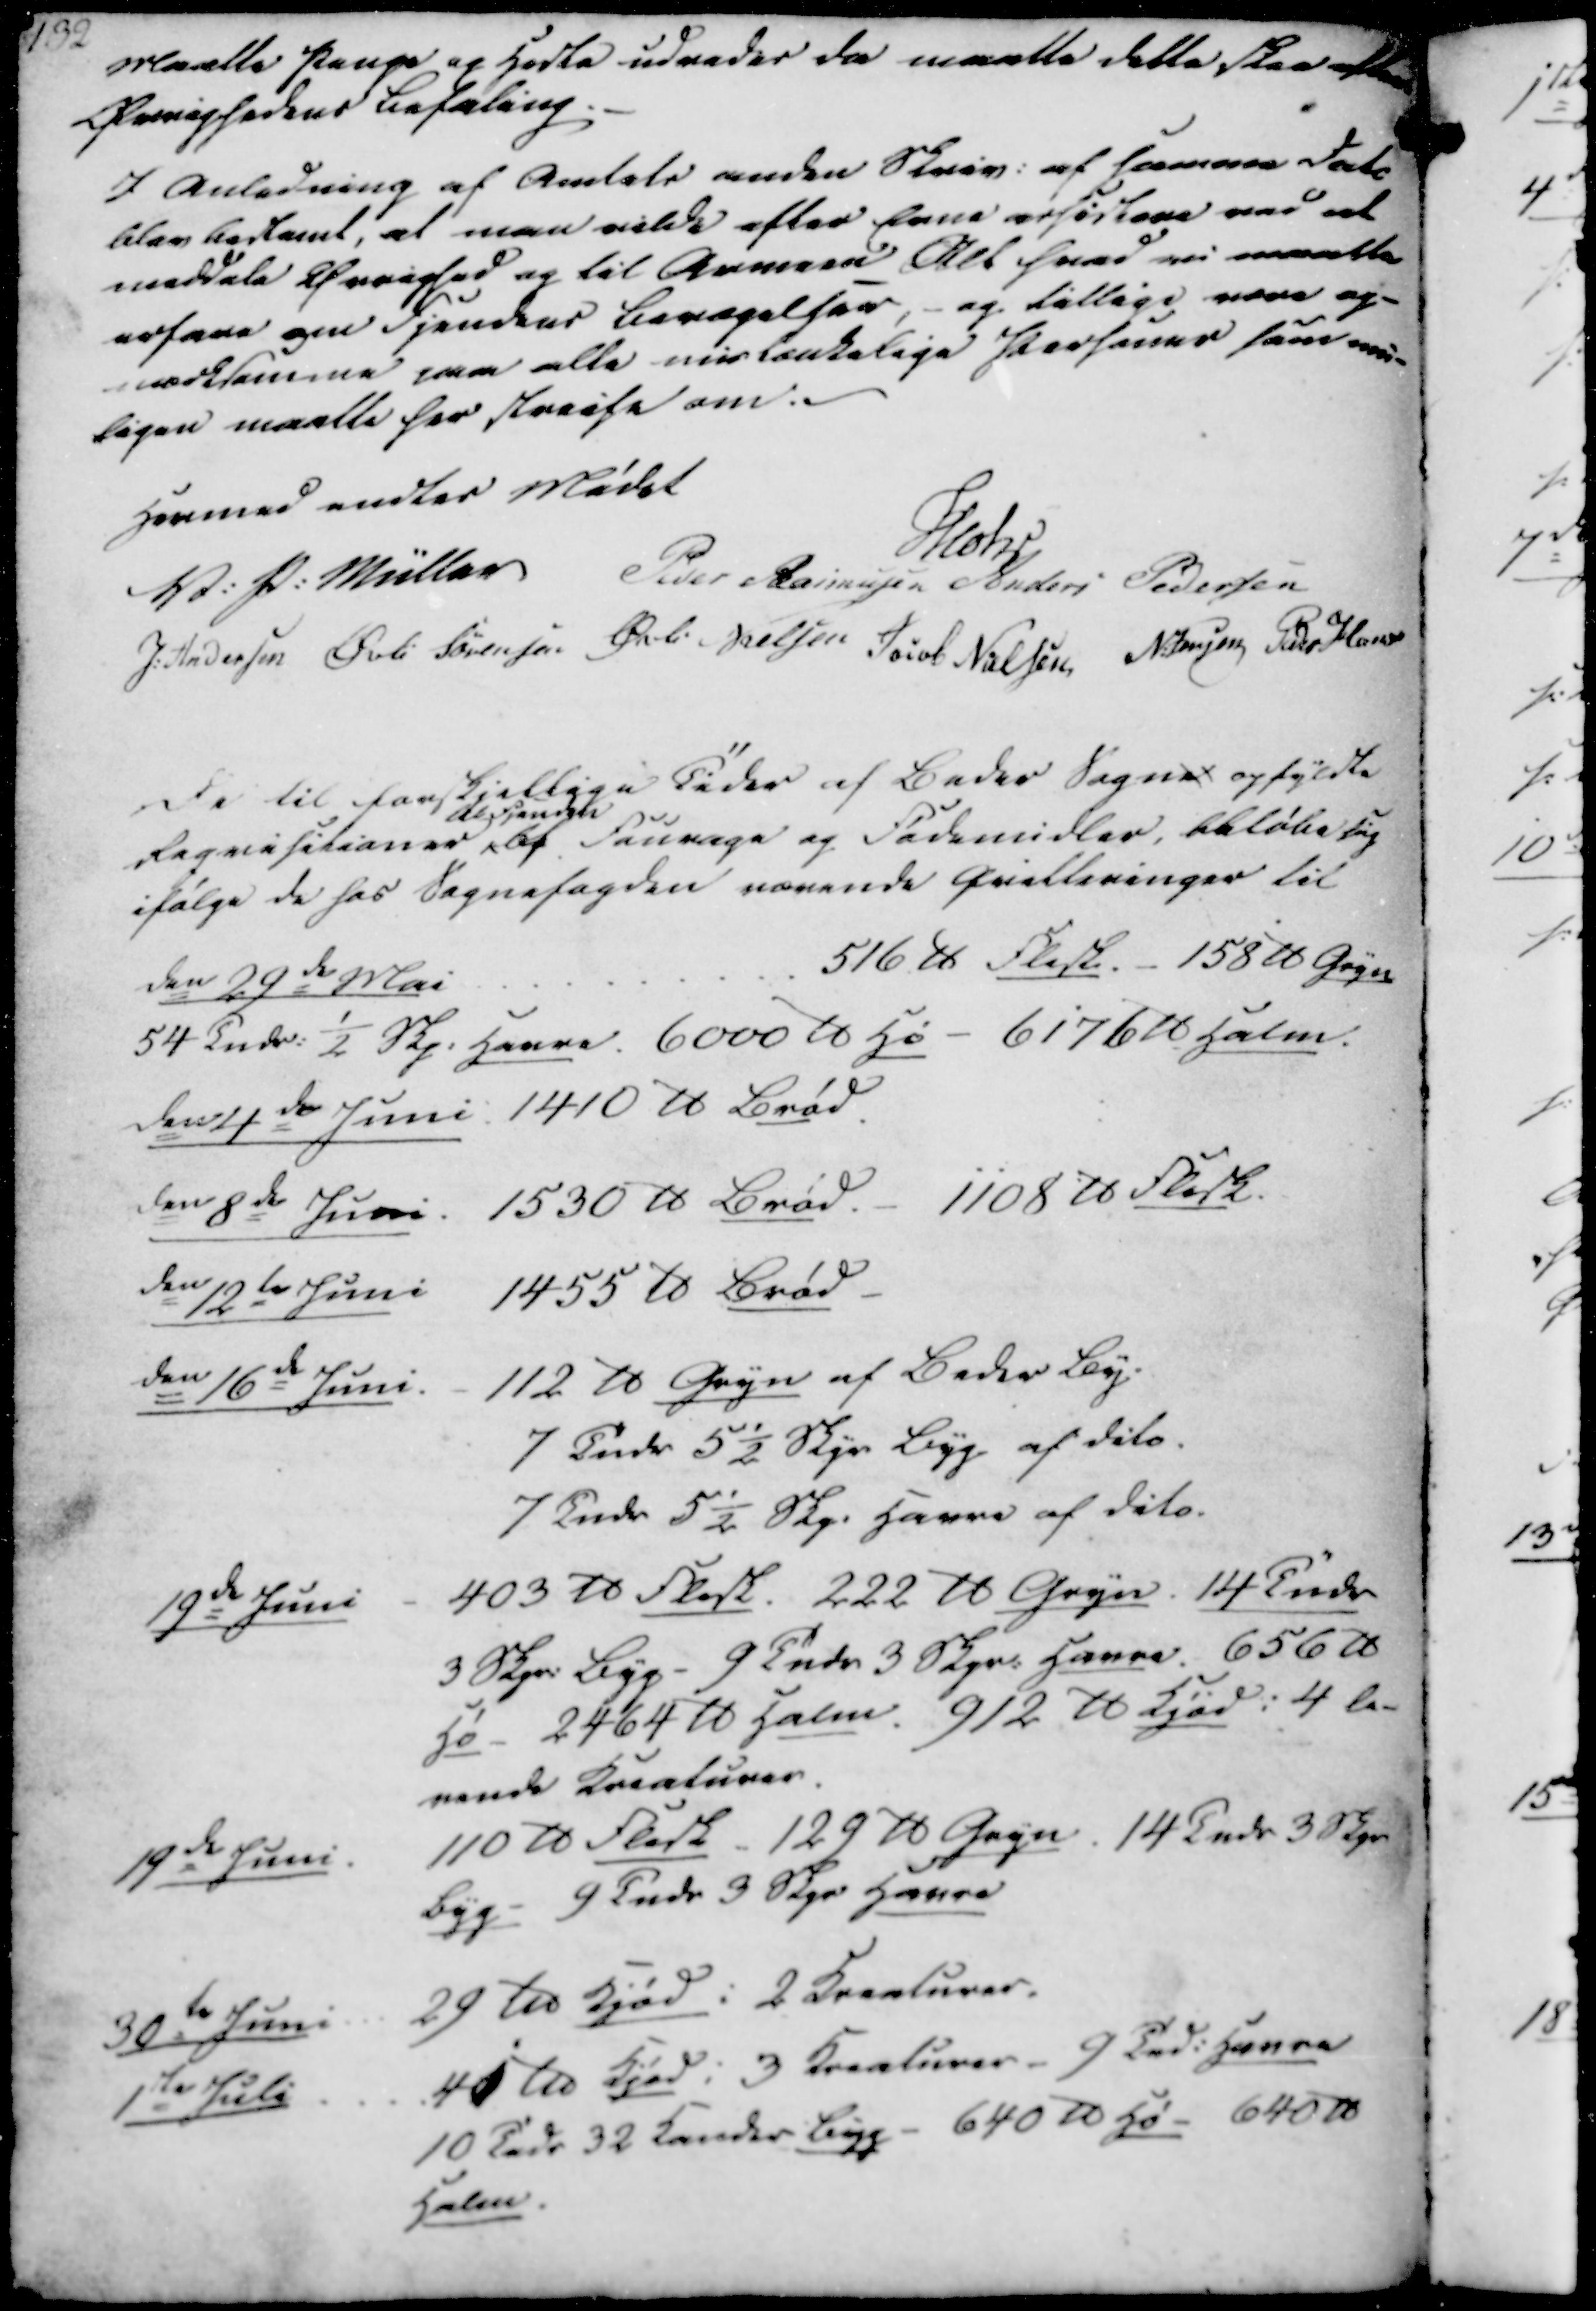
Transskription:
Maatte Penge og Heste udredes da maatte dette skee efter
Øvrighedens Befaling.
I Anledning af Amtets anden Skriv. af samme Dato
blev bestemt, at man vilde efter Evne assistere ved at
meddele Øvrighed og til Armeen Alt hvad vi maatte
erfare om Fjendens Bevægelser, - og tillige være op-
mærksomme paa alle mistænkelige Personer som mu-
ligen maatte her streife om.

Hermed endtes Mødet
Mohr
V. P. Müller
Peder Rasmussen
Anders Pedersen
J. Andersen
Øvli Sørensen
Øvli Nielsen
Jacob Nielsen
N. Jensen
Peder Hansen

De til forskjellige Tider af Beder Sogne opfyldte
Reqvisitioner,
al fjendske
af Fourage og Fødemidler, beløbe sig
ifølge de hos Sognefogden værende Qvitteringer til

den 29de Mai
516 ℔ Flesk. - 158 ℔ Gryn
54 Tndr. ½ Skp. Havre. 6000 ℔ Hø - 6176 ℔ Halm.
den 4de Juni: 1410 ℔ Brød.
den 8de Juni.
1530 ℔ Brød.
1108 ℔ Flesk.
den 12de Juni
1455 ℔ Brød
den 16de Juni. - 112 ℔ Gryn af Beder By.
7 Tndr 5½ Skpr Byg af dito.
7 Tndr 5½ Skp. Havre af dito
19de Juni 
403 ℔ Flesk. 222 ℔ Gryn. 14 Tndr
3 Skpr. Byg - 9 Tndr 3 Skpr. Havre. 656 ℔
Hø 2464 ℔ Halm. 912 ℔ Kjød i 4 le-
vende Kreaturer
19de Juni.
110 ℔ Flesk 129 ℔ Gryn. 14 Tndr 3 Skpr
Byg - 9 Tndr 3 Skpr Havre
30te Juni
29 ℔ Kjød i 2 Kreaturer.
1te Juli
41 ℔ Kjød i 3 Kreaturer - 9 Tnd. Havre
10 Tndr 32 Kander Byg - 640 ℔ Hø - 640 ℔
Halm.